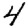
Digit: 4